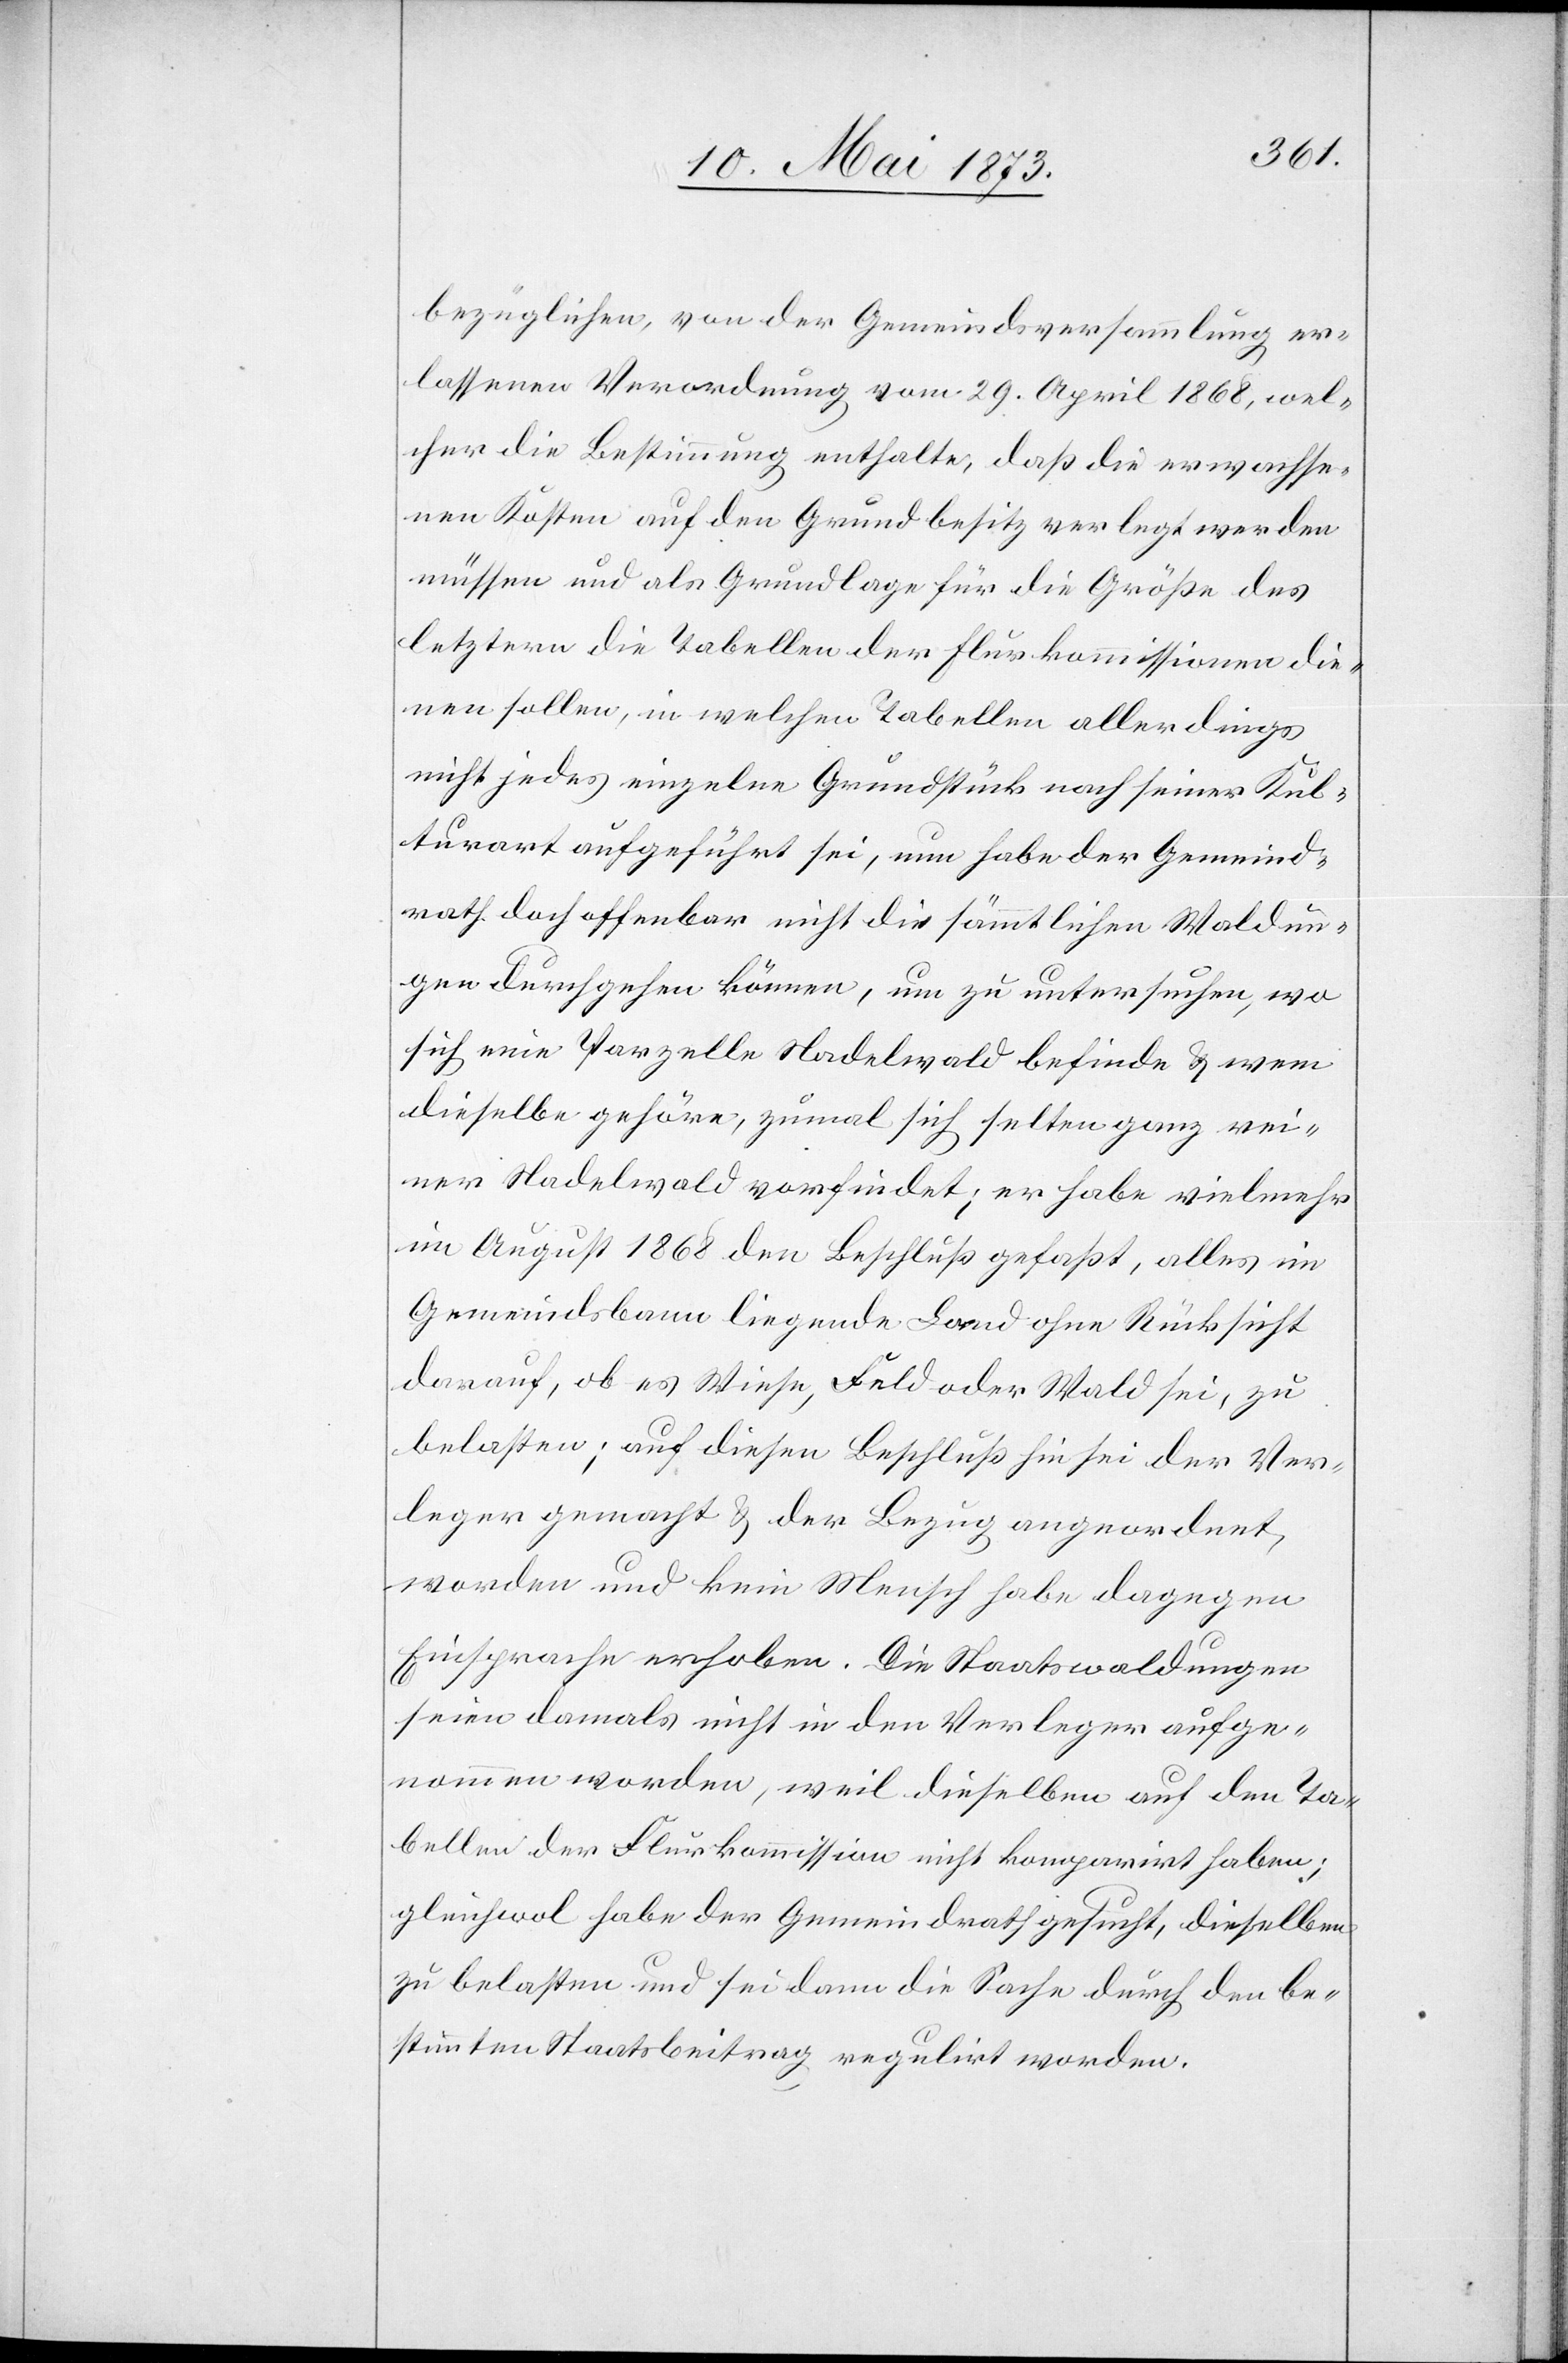
bezüglichen, von der Gemeindsversammlung er¬
lassenen Verordnung vom 29. April 1868, wel¬
cher die Bestimmung enthalte, daß die erwachse¬
nen Kosten auf den Grundbesitz verlegt werden
müssen und als Grundlage für die Größe des
letztern die Tabellen der Flurkommissionen die¬
nen sollen, in welchen Tabellen allerdings
nicht jedes einzelne Grundstück nach seiner Kul¬
turart aufgeführt sei, nun habe der Gemeind¬
rath doch offenbar nicht die sämmtlichen Waldun¬
gen durchgehen können, um zu untersuchen, wo
sich eine Parzelle Nadelwald befinde & wem
dieselbe gehöre, zumal sich selten ganz rei¬
ner Nadelwald vorfindet; er habe vielmehr
im August 1868 den Beschluß gefaßt, alles im
Gemeindsbann liegende Land ohne Rücksicht
darauf, ob es Wiese, Feld oder Wald sei, zu
belasten; auf diesen Beschluß hin sei der Ver¬
leger gemacht & der Bezug angeordnet
worden und kein Mensch habe dagegen
Einsprache erhoben. Die Staatswaldungen
seien damals nicht in den Verleger aufge¬
nommen worden, weil dieselben auf den Ta¬
bellen der Flurkommission nicht komparirt haben;
gleichwol habe der Gemeindrath gesucht, dieselben
zu belasten und sei dann die Sache durch den be¬
stimmten Staatsbeitrag regulirt worden.